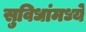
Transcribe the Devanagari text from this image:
सुविधांमध्ये